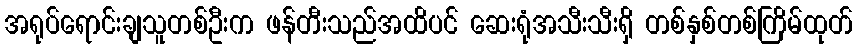
အရုပ်ရောင်းချသူတစ်ဦးက ဖန်တီးသည်အထိပင် ဆေးရုံအသီးသီးရှိ တစ်နှစ်တစ်ကြိမ်ထုတ်